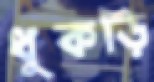
ধুকড়ি